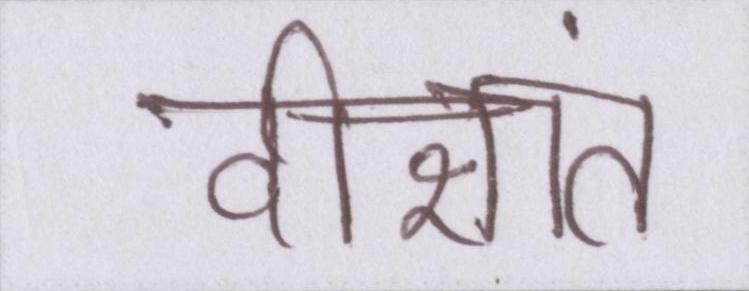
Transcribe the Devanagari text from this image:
दीक्षांत